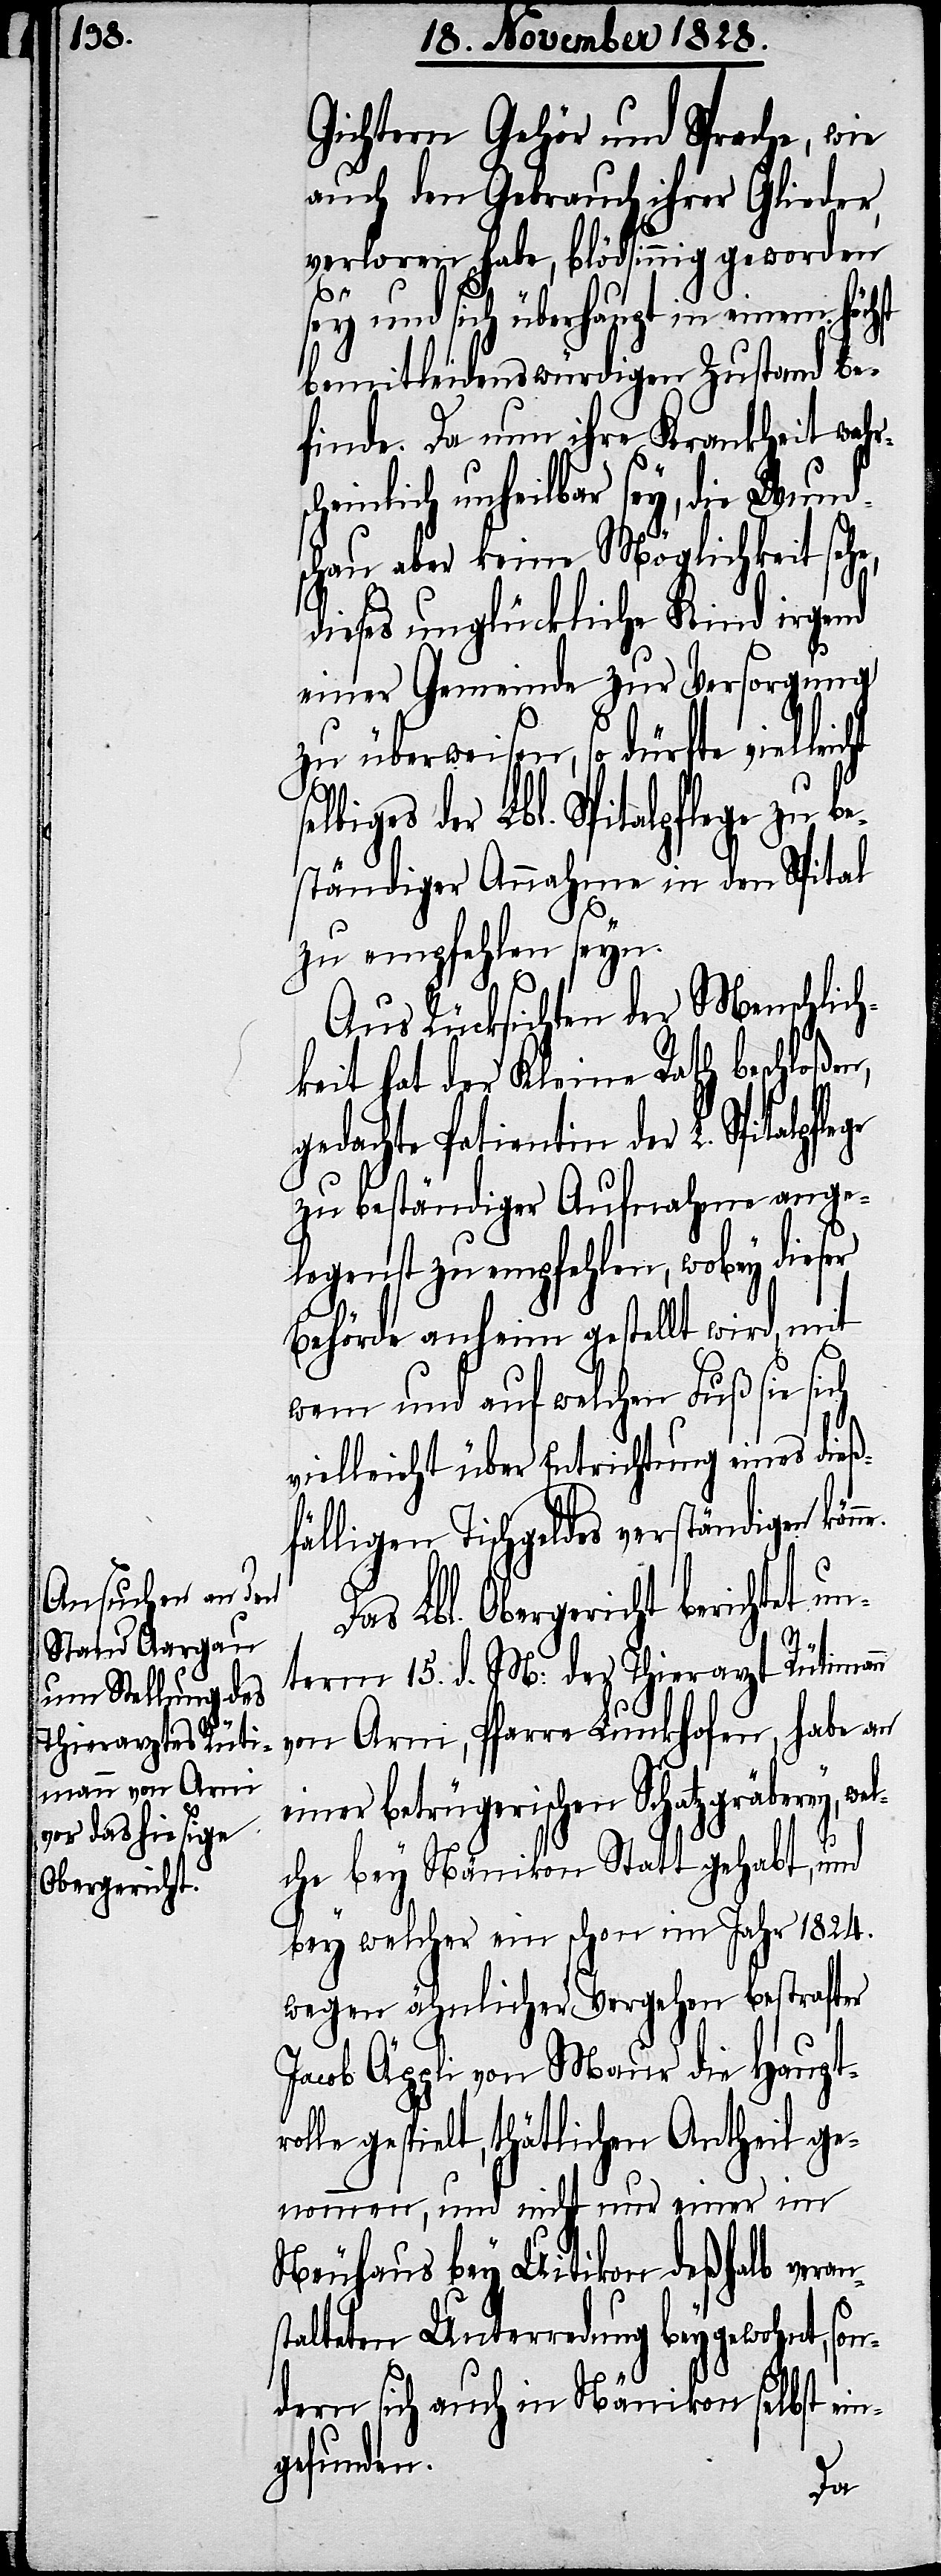
Gichtem Gehör und Sprache, wie
auch den Gebrauch ihrer Glieder,
verloren habe, blödsinnig geworden
sey und sich überhaupt in einem
bemitleidenswürdigen Zustand be¬
finde. Da nun ihre Krankheit wa¬
leicht selbiges
schau aber keine Möglichkeit sehe,
dieses unglückliche Kind irgend
einer Gemeinde zur Versorgung
zu überweisen, so dürfte viel¬
der Lbl. Spitalpflege zu be¬
ständiger Annahme in den Spital
zu empfehlen seyn.
Aus Rücksicht der Menschlich¬
keit hat der Kleine Rath beschloßen,
gedachte Patientin der L. Spitalp¬
zu beständiger Aufnahme ange¬
legenst zu empfehlen, wobey dieser
Behörde anheim gestellt wird, mit
wem und auf welchen Fuß sie sich
vielleicht über Entrichtung eines dieß¬
fälligen Tischgeldes verständigen kön¬
Das Lbl. Obergericht berichtet u¬
nterm 15. d. M: der Thierarzt Rütimann
von Arni, Pfarre Lunkhofen, habe an
einer betrügerischen Schatzgräberey, we¬
lche bey Nänikon Statt gehabt, und
bey welcher ein schon im Jahr 1824.
wegen ähnlicher Vergehen bestrafter
Jacob Äppli von Maur die Haupt¬
le gespielt, thätlichen Antheil ge¬
nommen, und nicht nur einer im
Neuhaus bey Uitikon deßhalb veran¬
stalteten Unterredung beygewohnt, son¬
dern sich auch in Nänikon selbst ei¬
ngefunden.
rol¬